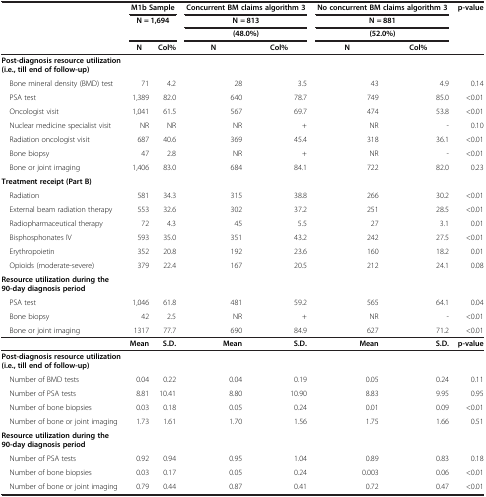
<table><thead><tr><td><b> </b></td><td colspan="2"><b>M1b Sample</b></td><td colspan="2"><b>Concurrent BM claims algorithm 3</b></td><td colspan="2"><b>No concurrent BM claims algorithm 3</b></td><td><b>p-value</b></td></tr><tr><td rowspan="2"><b> </b></td><td rowspan="2" colspan="2"><b>N = 1,694</b></td><td colspan="2"><b>N = 813</b></td><td colspan="2"><b>N = 881</b></td><td rowspan="2"><b> </b></td></tr><tr><td colspan="2"><b>(48.0%)</b></td><td colspan="2"><b>(52.0%)</b></td></tr><tr><td><b> </b></td><td><b> N</b></td><td><b>Col%</b></td><td><b> N</b></td><td><b>Col%</b></td><td><b> N</b></td><td><b>Col%</b></td><td><b> </b></td></tr></thead><tbody><tr><td><b>Post-diagnosis resource utilization (i.e., till end of follow-up)</b></td><td> </td><td> </td><td> </td><td> </td><td> </td><td> </td><td> </td></tr><tr><td> Bone mineral density (BMD) test</td><td>71</td><td>4.2</td><td>28</td><td>3.5</td><td>43</td><td>4.9</td><td>0.14</td></tr><tr><td> PSA test</td><td>1,389</td><td>82.0</td><td>640</td><td>78.7</td><td>749</td><td>85.0</td><td>&lt;0.01</td></tr><tr><td> Oncologist visit</td><td>1,041</td><td>61.5</td><td>567</td><td>69.7</td><td>474</td><td>53.8</td><td>&lt;0.01</td></tr><tr><td> Nuclear medicine specialist visit</td><td>NR</td><td>NR</td><td>NR</td><td>+</td><td>NR</td><td>-</td><td>0.10</td></tr><tr><td> Radiation oncologist visit</td><td>687</td><td>40.6</td><td>369</td><td>45.4</td><td>318</td><td>36.1</td><td>&lt;0.01</td></tr><tr><td> Bone biopsy</td><td>47</td><td>2.8</td><td>NR</td><td>+</td><td>NR</td><td>-</td><td>&lt;0.01</td></tr><tr><td> Bone or joint imaging</td><td>1,406</td><td>83.0</td><td>684</td><td>84.1</td><td>722</td><td>82.0</td><td>0.23</td></tr><tr><td><b>Treatment receipt (Part B)</b></td><td> </td><td> </td><td> </td><td> </td><td> </td><td> </td><td> </td></tr><tr><td> Radiation</td><td>581</td><td>34.3</td><td>315</td><td>38.8</td><td>266</td><td>30.2</td><td>&lt;0.01</td></tr><tr><td> External beam radiation therapy</td><td>553</td><td>32.6</td><td>302</td><td>37.2</td><td>251</td><td>28.5</td><td>&lt;0.01</td></tr><tr><td> Radiopharmaceutical therapy</td><td>72</td><td>4.3</td><td>45</td><td>5.5</td><td>27</td><td>3.1</td><td>0.01</td></tr><tr><td> Bisphosphonates IV</td><td>593</td><td>35.0</td><td>351</td><td>43.2</td><td>242</td><td>27.5</td><td>&lt;0.01</td></tr><tr><td> Erythropoietin</td><td>352</td><td>20.8</td><td>192</td><td>23.6</td><td>160</td><td>18.2</td><td>0.01</td></tr><tr><td> Opioids (moderate-severe)</td><td>379</td><td>22.4</td><td>167</td><td>20.5</td><td>212</td><td>24.1</td><td>0.08</td></tr><tr><td><b>Resource utilization during the 90-day diagnosis period</b></td><td> </td><td> </td><td> </td><td> </td><td> </td><td> </td><td> </td></tr><tr><td> PSA test</td><td>1,046</td><td>61.8</td><td>481</td><td>59.2</td><td>565</td><td>64.1</td><td>0.04</td></tr><tr><td> Bone biopsy</td><td>42</td><td>2.5</td><td>NR</td><td>+</td><td>NR</td><td>-</td><td>&lt;0.01</td></tr><tr><td> Bone or joint imaging</td><td>1317</td><td>77.7</td><td>690</td><td>84.9</td><td>627</td><td>71.2</td><td>&lt;0.01</td></tr><tr><td> </td><td><b>Mean</b></td><td><b>S.D.</b></td><td><b>Mean</b></td><td><b>S.D.</b></td><td><b>Mean</b></td><td><b>S.D.</b></td><td><b>p-value</b></td></tr><tr><td><b>Post-diagnosis resource utilization (i.e., till end of follow-up)</b></td><td> </td><td> </td><td> </td><td> </td><td> </td><td> </td><td> </td></tr><tr><td> Number of BMD tests</td><td>0.04</td><td>0.22</td><td>0.04</td><td>0.19</td><td>0.05</td><td>0.24</td><td>0.11</td></tr><tr><td> Number of PSA tests</td><td>8.81</td><td>10.41</td><td>8.80</td><td>10.90</td><td>8.83</td><td>9.95</td><td>0.95</td></tr><tr><td> Number of bone biopsies</td><td>0.03</td><td>0.18</td><td>0.05</td><td>0.24</td><td>0.01</td><td>0.09</td><td>&lt;0.01</td></tr><tr><td> Number of bone or joint imaging</td><td>1.73</td><td>1.61</td><td>1.70</td><td>1.56</td><td>1.75</td><td>1.66</td><td>0.51</td></tr><tr><td><b>Resource utilization during the 90-day diagnosis period</b></td><td> </td><td> </td><td> </td><td> </td><td> </td><td> </td><td> </td></tr><tr><td> Number of PSA tests</td><td>0.92</td><td>0.94</td><td>0.95</td><td>1.04</td><td>0.89</td><td>0.83</td><td>0.18</td></tr><tr><td> Number of bone biopsies</td><td>0.03</td><td>0.17</td><td>0.05</td><td>0.24</td><td>0.003</td><td>0.06</td><td>&lt;0.01</td></tr><tr><td> Number of bone or joint imaging</td><td>0.79</td><td>0.44</td><td>0.87</td><td>0.41</td><td>0.72</td><td>0.47</td><td>&lt;0.01</td></tr></tbody></table>